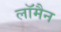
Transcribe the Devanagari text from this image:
लॉमैन